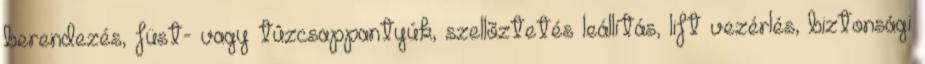
berendezés, füst- vagy tûzcsappantyúk, szellõztetés leállítás, lift vezérlés, biztonsági